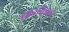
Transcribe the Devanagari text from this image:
चिडचिडाहट